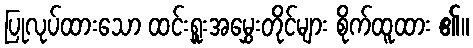
ပြုလုပ်ထားသော ထင်းရှူးအမွှေးတိုင်များ စိုက်ထူထား ၏။